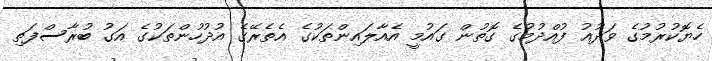
ހެޔޮކުރުމުގެ ވަދުއު ފުއްދުމުގެ ގޮތުން ގައުމީ އެއާލައިންތަކުގެ އެތެރޭގެ އުދުހުންތަކުގެ އަގު ބުރާސްފަތި